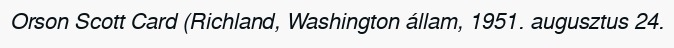
Orson Scott Card (Richland, Washington állam, 1951. augusztus 24.